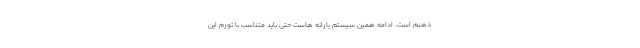
ذهنم است، ادامه همین سیستم یارانه هاست حتی باید متناسب با تورم این